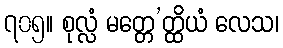
၇၀၅။ စုလ္လံ မတ္တေ’တ္ထိယံ လေသ၊